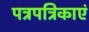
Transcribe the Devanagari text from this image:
पत्रपत्रिकाएं